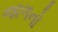
જાળનો